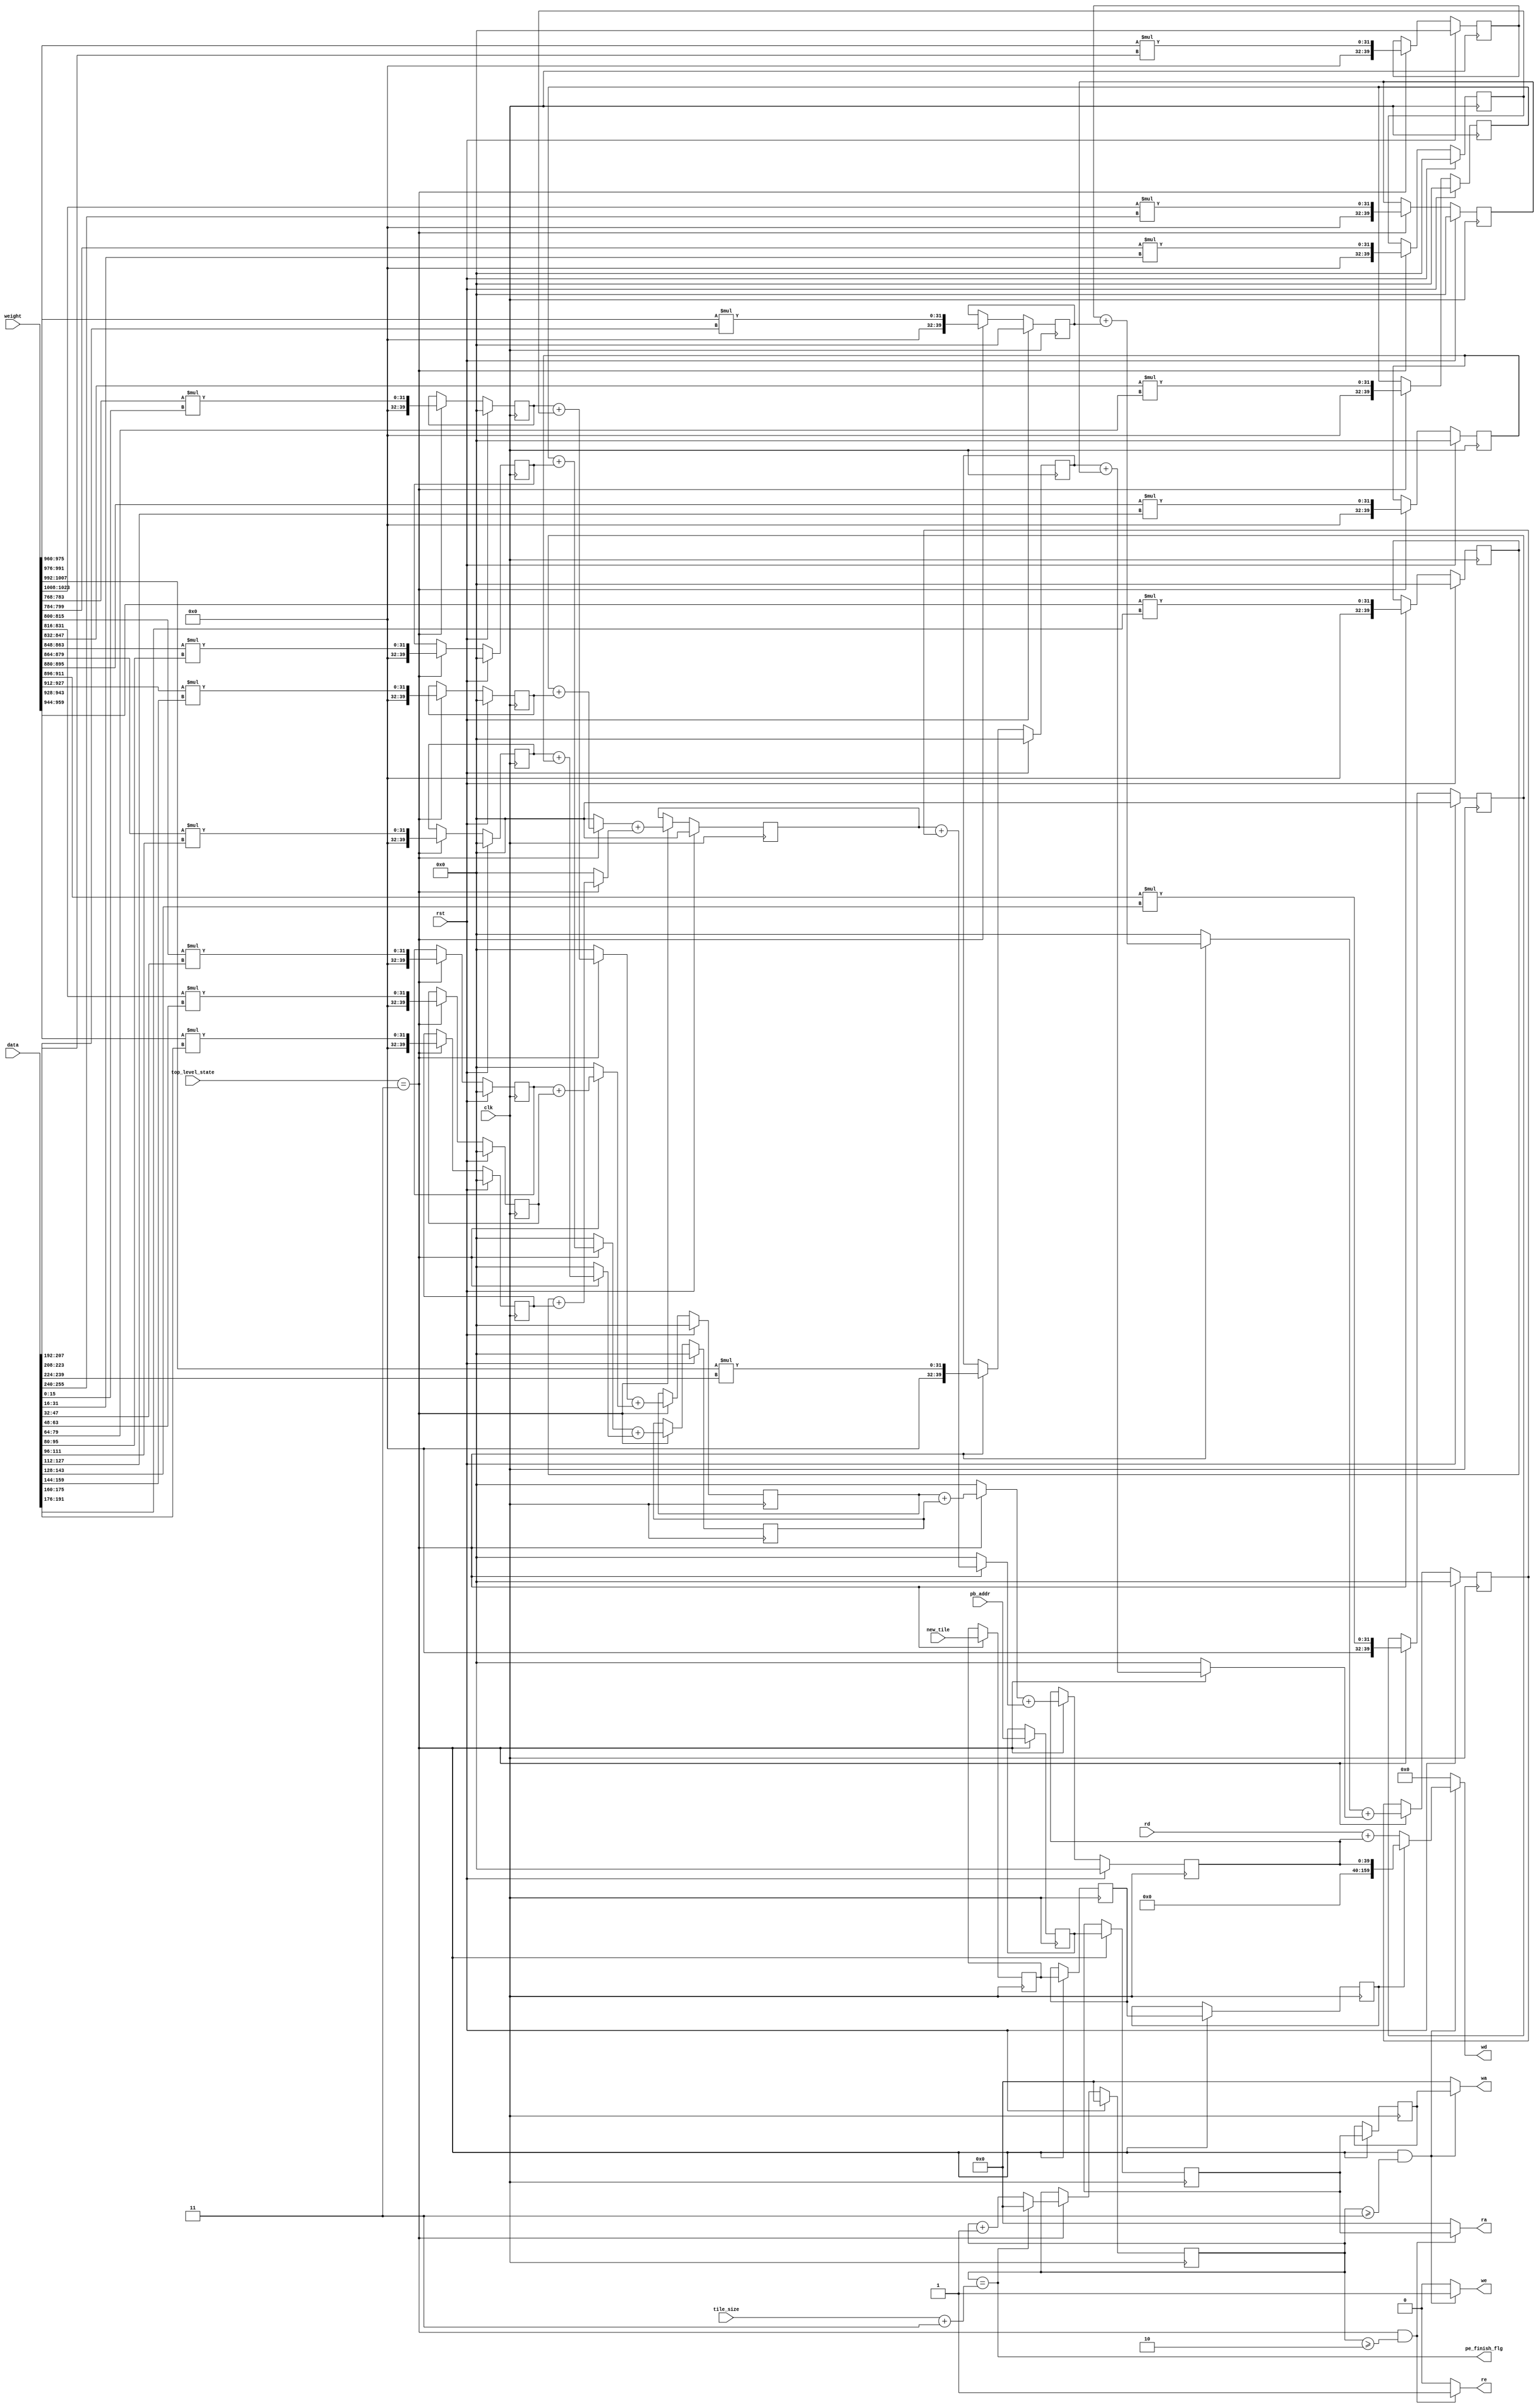
`timescale 1ns / 1ps
//////////////////////////////////////////////////////////////////////////////////
// Company: 
// Engineer: 
// 
// Design Name: 
// Module Name: calculator
// Project Name: 
// Target Devices: 
// Tool Versions: 
// Description: 
// 
// Dependencies: 
// 
// Revision:
// Revision 0.01 - File Created
// Additional Comments:
// 
//////////////////////////////////////////////////////////////////////////////////

module calculator
#(parameter DW = 40, AW = 16)
(
input clk,
input rst,
input [1023:0]weight,
input [255:0]data,
input [15:0]pb_addr,  // psum buffer address
input new_tile,
input [15:0]tile_size,  //tile_size -> real_size - 1
input [2:0]top_level_state,
output reg we,
output reg [15:0]wa,
output reg [159:0]wd,
output reg re,
output reg [15:0]ra,
input [159:0]rd,
output pe_finish_flg
);

//// important info  /////
// per clk, peArray will get new data and corresponding pb_addr and new_tile.

// psum nodes
reg [40-1:0]psum_0[0:15][0:3];  // TN=16 TM=4
reg [40-1:0]psum_1[0:7][0:3];   // wire
reg [40-1:0]psum_2[0:3][0:3];
reg [40-1:0]psum_3[0:1][0:3];   // wire
reg [40-1:0]psum_4[0:3];

// control
reg [15:0]pb_addr_0;
reg [15:0]pb_addr_2;
reg [15:0]pb_addr_4;

reg new_tile_0;
reg new_tile_2;
reg new_tile_4;

// psum_4 valid
reg [15:0]cal_state_cnt;


/////////////////////////////////////
////////// Adder Tree  //////////////
/////////////////////////////////////

// psum_0
genvar psum_0_cnt;
generate 
    for(psum_0_cnt=0;psum_0_cnt<16;psum_0_cnt=psum_0_cnt+1) begin
        always@(posedge clk)
        begin
			if (rst)
			begin
				psum_0[psum_0_cnt][0] <= 0;
				psum_0[psum_0_cnt][1] <= 0;
				psum_0[psum_0_cnt][2] <= 0;
				psum_0[psum_0_cnt][3] <= 0;
			end
			else
			begin
				if (top_level_state==3)
				begin
					psum_0[psum_0_cnt][0] <= weight[15 +16*psum_0_cnt:0  +16*psum_0_cnt] * data[15+16*psum_0_cnt:16*psum_0_cnt];
					psum_0[psum_0_cnt][1] <= weight[271+16*psum_0_cnt:256+16*psum_0_cnt] * data[15+16*psum_0_cnt:16*psum_0_cnt];
					psum_0[psum_0_cnt][2] <= weight[527+16*psum_0_cnt:512+16*psum_0_cnt] * data[15+16*psum_0_cnt:16*psum_0_cnt];
					psum_0[psum_0_cnt][3] <= weight[783+16*psum_0_cnt:768+16*psum_0_cnt] * data[15+16*psum_0_cnt:16*psum_0_cnt];
				end
			end
        end
    end
endgenerate

// psum_1
genvar psum_1_cnt;
generate 
    for(psum_1_cnt=0;psum_1_cnt<8;psum_1_cnt=psum_1_cnt+1) begin
        always@(*)
        begin
			if (top_level_state==3)
			begin
				psum_1[psum_1_cnt][0] = psum_0[2*psum_1_cnt][0] + psum_0[2*psum_1_cnt+1][0];
				psum_1[psum_1_cnt][1] = psum_0[2*psum_1_cnt][1] + psum_0[2*psum_1_cnt+1][1];
				psum_1[psum_1_cnt][2] = psum_0[2*psum_1_cnt][2] + psum_0[2*psum_1_cnt+1][2];
				psum_1[psum_1_cnt][3] = psum_0[2*psum_1_cnt][3] + psum_0[2*psum_1_cnt+1][3];
			end
			else
			begin
				psum_1[psum_1_cnt][0] = 0;
				psum_1[psum_1_cnt][1] = 0;
				psum_1[psum_1_cnt][2] = 0;
				psum_1[psum_1_cnt][3] = 0;
			end
        end
    end
endgenerate

// psum_2
genvar psum_2_cnt;
generate 
    for(psum_2_cnt=0;psum_2_cnt<4;psum_2_cnt=psum_2_cnt+1) begin
        always@(posedge clk)
        begin
			if (rst)
			begin
				psum_2[psum_2_cnt][0] <= 0;
				psum_2[psum_2_cnt][1] <= 0;
				psum_2[psum_2_cnt][2] <= 0;
				psum_2[psum_2_cnt][3] <= 0;
			end
			else
			begin		
				if (top_level_state==3)
				begin
					psum_2[psum_2_cnt][0] <= psum_1[2*psum_2_cnt][0] + psum_1[2*psum_2_cnt+1][0];
					psum_2[psum_2_cnt][1] <= psum_1[2*psum_2_cnt][1] + psum_1[2*psum_2_cnt+1][1];
					psum_2[psum_2_cnt][2] <= psum_1[2*psum_2_cnt][2] + psum_1[2*psum_2_cnt+1][2];
					psum_2[psum_2_cnt][3] <= psum_1[2*psum_2_cnt][3] + psum_1[2*psum_2_cnt+1][3];
				end
			end
        end
    end
endgenerate

// psum_3
genvar psum_3_cnt;
generate 
    for(psum_3_cnt=0;psum_3_cnt<2;psum_3_cnt=psum_3_cnt+1) begin
        always@(*)
        begin
			if (top_level_state==3)
			begin
				psum_3[psum_3_cnt][0] = psum_2[2*psum_3_cnt][0] + psum_2[2*psum_3_cnt+1][0];
				psum_3[psum_3_cnt][1] = psum_2[2*psum_3_cnt][1] + psum_2[2*psum_3_cnt+1][1];
				psum_3[psum_3_cnt][2] = psum_2[2*psum_3_cnt][2] + psum_2[2*psum_3_cnt+1][2];
				psum_3[psum_3_cnt][3] = psum_2[2*psum_3_cnt][3] + psum_2[2*psum_3_cnt+1][3];
			end
			else
			begin
				psum_3[psum_3_cnt][0] = 0;
				psum_3[psum_3_cnt][1] = 0;
				psum_3[psum_3_cnt][2] = 0;
				psum_3[psum_3_cnt][3] = 0;
			end
        end
    end
endgenerate


// psum_4
always@(posedge clk)
begin
	if (rst)
	begin
		psum_4[0] <= 0;
	    psum_4[1] <= 0;
	    psum_4[2] <= 0;
	    psum_4[3] <= 0;
	end
	else
	begin
		if (top_level_state==3)
		begin
			psum_4[0] <= psum_3[0][0] + psum_3[1][0];
			psum_4[1] <= psum_3[0][1] + psum_3[1][1];
			psum_4[2] <= psum_3[0][2] + psum_3[1][2];
			psum_4[3] <= psum_3[0][3] + psum_3[1][3];
		end
	end
end


/////////////////////////////////////
//////////// Control Signal /////////
/////////////////////////////////////
assign pe_finish_flg = cal_state_cnt == (tile_size + 3);  // nexr clk ->   top_level_state will switch to other states.

//psum 
//#(
//	.DW(DW),
//	.AW(AW)
//)
//psum_buffer
//(
//	.clk(clk),
//	.we(we),
//	.wa(wa),
//	.wd(wd),
//	.re(re),
//	.ra(ra),
//	.rd(rd)
//);

always@(posedge clk)
begin
	if (top_level_state==3)
	begin
		pb_addr_0 <= pb_addr;
		pb_addr_2 <= pb_addr_0;
		pb_addr_4 <= pb_addr_2;
		
		new_tile_0 <= new_tile;
		new_tile_2 <= new_tile_0;
		new_tile_4 <= new_tile_2;
	end
end

always@(posedge clk)
begin
	if (rst)
	begin
		cal_state_cnt <= 0;
	end
	else
	begin
		if (top_level_state==3)
		begin
			if (cal_state_cnt == (tile_size + 3))  //
			begin
				cal_state_cnt <= 0;
			end
			else
			begin
				cal_state_cnt <= cal_state_cnt + 1;
			end
		end
	end
end


always@(*)
begin
	if ((top_level_state==3) && (cal_state_cnt>=2)) // psum_4 valid
	begin
		re = 1;
		ra = pb_addr_2;
	end 
	else
	begin
		re = 0;
		ra = 0;
	end
end


always@(*)
begin
	if ((top_level_state==3) && (cal_state_cnt>=3)) // psum_4 valid
	begin
		we = 1;
		wa = pb_addr_4;
		if (new_tile_4)
		begin
			wd[39 :0] = psum_4[0];
			wd[79 :0] = psum_4[1];
			wd[119:0] = psum_4[2];
			wd[159:0] = psum_4[3];
		end
		else
		begin
			wd[39 :0] = rd[39 :0] + psum_4[0];
			wd[79 :0] = rd[79 :0] + psum_4[1];
			wd[119:0] = rd[119:0] + psum_4[2];
			wd[159:0] = rd[159:0] + psum_4[3];
		end
		
	end 
	else
	begin
		we = 0;
		wa = 0;
		wd = 0;
	end 
end

 
 endmodule